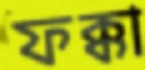
ফক্কা